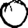
Digit: 0